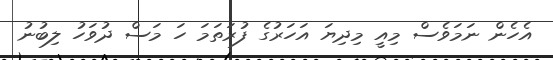
އެހެން ނަމަވެސް މިއީ މިދިޔަ އަހަރުގެ ފުރަތަމަ ހަ މަސް ދުވަހު ލިބުނު